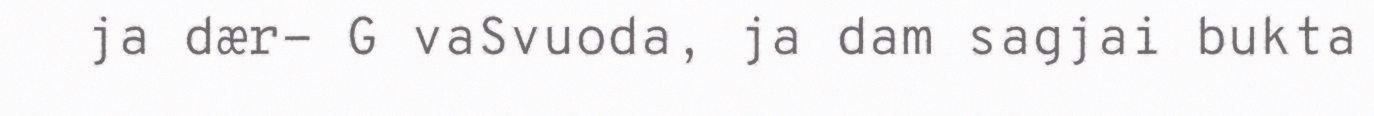
ja dær- G vaSvuoda, ja dam sagjai bukta